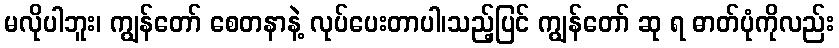
မလိုပါဘူး၊ ကျွန်တော် စေတနာနဲ့ လုပ်ပေးတာပါ၊သည့်ပြင် ကျွန်တော် ဆု ရ ဓာတ်ပုံကိုလည်း